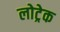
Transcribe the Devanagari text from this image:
लोट्रेक